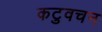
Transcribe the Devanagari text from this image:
कटुवचन